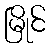
မြိုင်